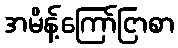
အမိန့်ကြော်ငြာစာ